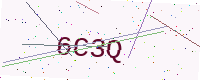
Text: 6C3Q